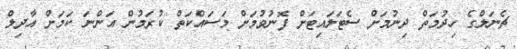
ޗެނަލްގެ ހިދުމަތް ދިނުމަށް ސެޓަލައިޓަށް ފޮނުވުމަށް މަސައްކަތް ކުރަމުން އަންނަ ކަމަށް އާދިލް